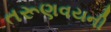
તરૂણવયની